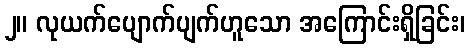
၂။ လုယက်ပျောက်ပျက်ဟူသော အကြောင်းရှိခြင်း၊